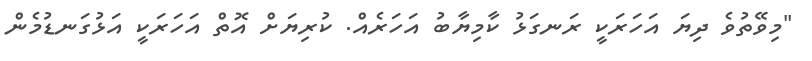
"މިވޭތުވެ ދިޔަ އަހަރަކީ ރަނގަޅު ކާމިޔާބު އަހަރެއް. ކުރިޔަށް އޮތް އަހަރަކީ އަޅުގަނޑުމެން